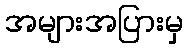
အများအပြားမှ